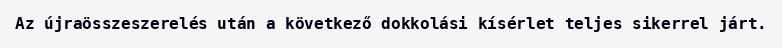
Az újraösszeszerelés után a következő dokkolási kísérlet teljes sikerrel járt.